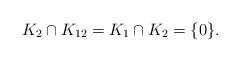
LaTeX: \begin{align*}K_2\cap K_{12}=K_1\cap K_2=\{0\}.\end{align*}